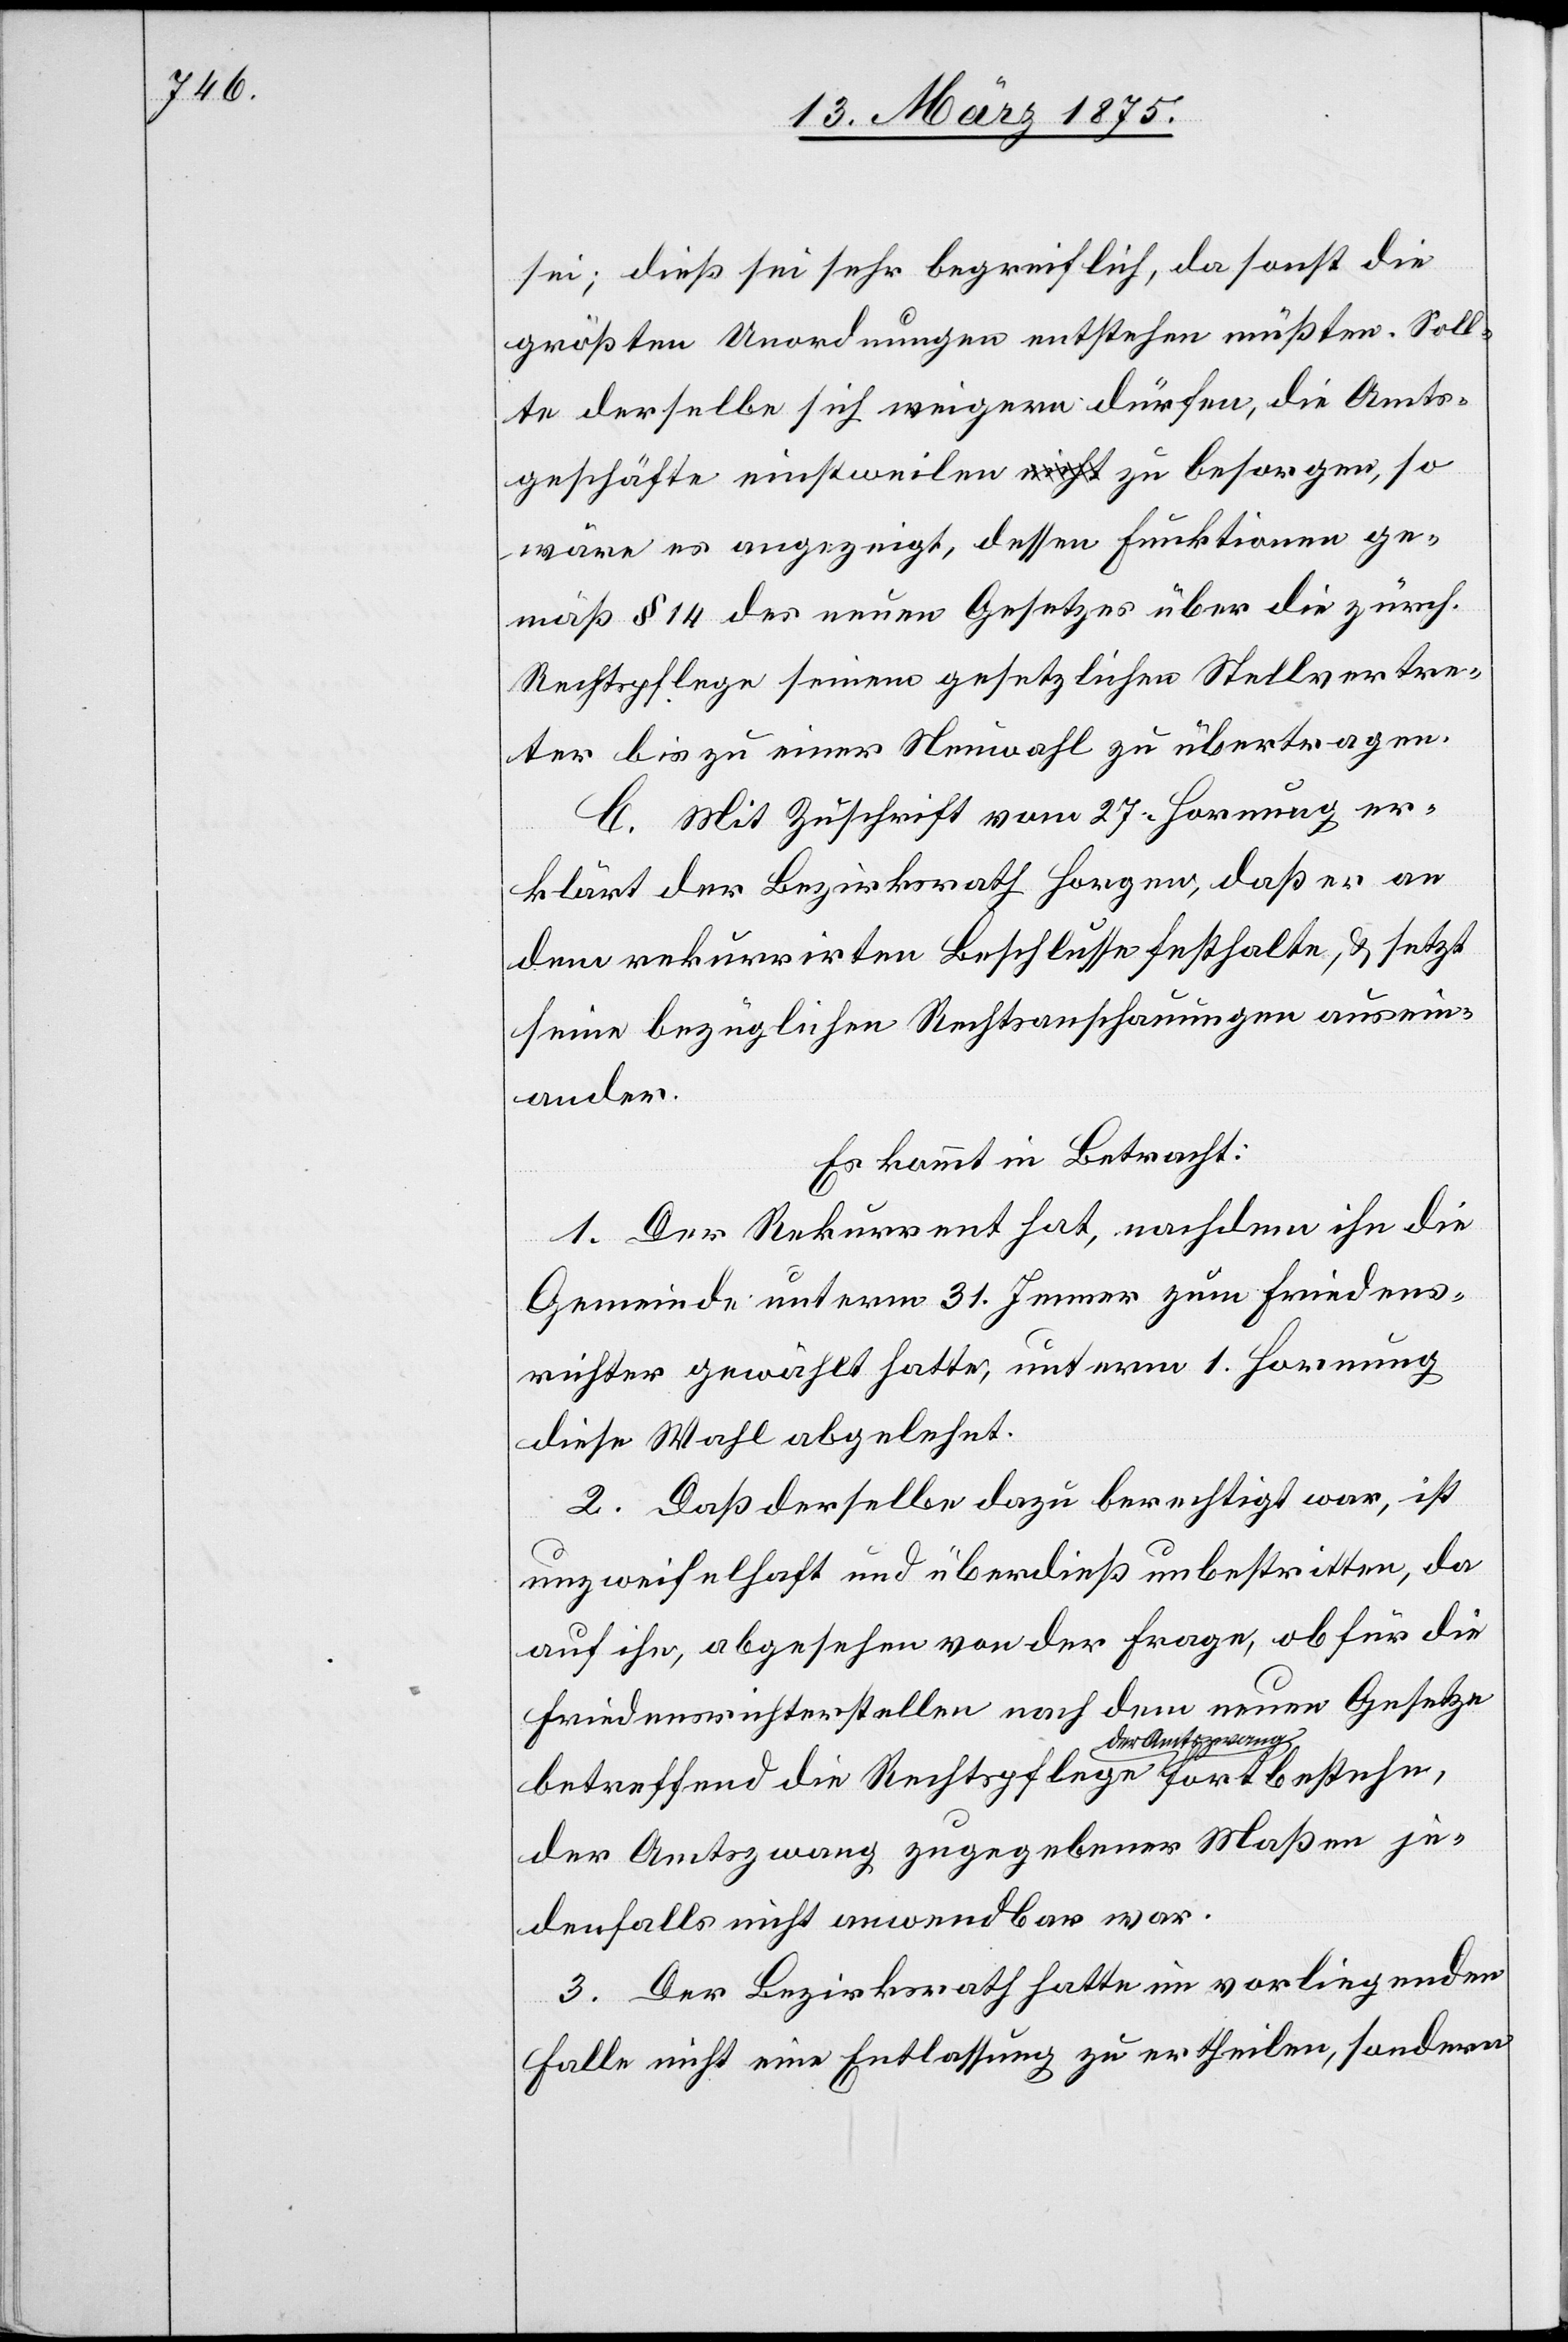
sei; dieß sei sehr begreiflich, da sonst die
größten Unordnungen entstehen müßten. Soll¬
te derselbe sich weigern dürfen, die Amts¬
geschäfte einstweilen zu besorgen, so
wäre es angezeigt, dessen Funktionen ge¬
mäß § 14 des neuen Gesetzes über die zürch.
Rechtspflege seinem gesetzlichen Stellvertre¬
ter bis zu einer Neuwahl zu übertragen.
C. Mit Zuschrift vom 27. Hornung er¬
klärt der Bezirksrath Horgen, daß er an
dem rekurrirten Beschlusse festhalte, & setzt
seine bezüglichen Rechtsanschauungen ausein¬
ander.
Es kommt in Betracht:
1. Der Rekurrent hat, nachdem ihn die
Gemeinde unterm 31. Jenner zum Friedens¬
richter gewählt hatte, unterm 1. Hornung
diese Wahl abgelehnt.
2. Daß derselbe dazu berechtigt war, ist
unzweifelhaft und überdieß unbestritten, da
auf ihn, abgesehen von der Frage, ob für die
Friedenrichterstelle nach dem neuen Gesetze
betreffend die Rechtspflege a-der
der Amtszwang zugegebener Maßen je¬
denfalls nicht anwendbar war.
3. Der Bezirksrath hatte im vorliegenden
Falle nicht eine Entlassung zu ertheilen, sondern